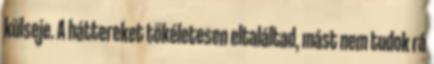
külseje. A háttereket tökéletesen eltaláltad, mást nem tudok rá